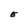
Character: E